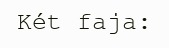
Két faja: